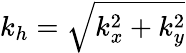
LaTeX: k_{h}=\sqrt{k_{x}^{2}+k_{y}^{2}}